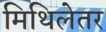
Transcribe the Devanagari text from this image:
मिथिलेतर